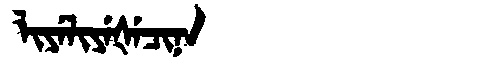
Manchu: ᠯᡳᠶᡝᠯᡳᠶᡝᡧᡝᠴᡳᠨᠠ
Romanization: LIYELIYEŠECINA